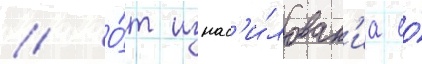
// О́т изнас'и́лован'иа ео́